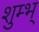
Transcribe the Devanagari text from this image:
शुम्भ्